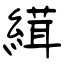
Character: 縙